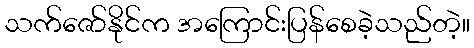
သက်ဇော်နိုင်က အကြောင်းပြန်စေခဲ့သည်တဲ့။